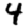
Digit: 4